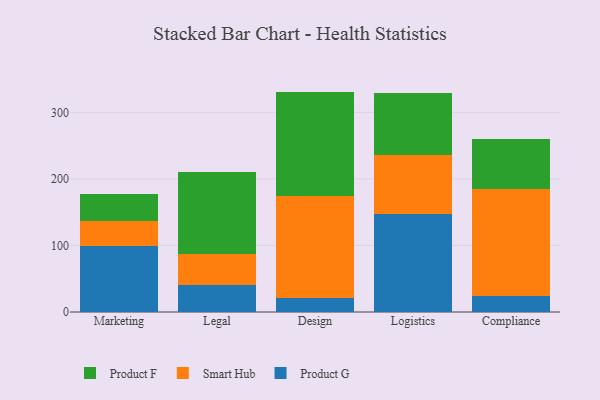
{"axis": {"x": "Department", "y": "Operating Costs (USD K)"}, "legend": ["Product F", "Product G", "Smart Hub"], "data": [{"x": "Marketing", "y": 98.5, "type": "Product G"}, {"x": "Marketing", "y": 38.4, "type": "Smart Hub"}, {"x": "Marketing", "y": 39.8, "type": "Product F"}, {"x": "Legal", "y": 40.1, "type": "Product G"}, {"x": "Legal", "y": 47.7, "type": "Smart Hub"}, {"x": "Legal", "y": 122.0, "type": "Product F"}, {"x": "Design", "y": 21.8, "type": "Product G"}, {"x": "Design", "y": 152.2, "type": "Smart Hub"}, {"x": "Design", "y": 157.3, "type": "Product F"}, {"x": "Logistics", "y": 146.6, "type": "Product G"}, {"x": "Logistics", "y": 89.7, "type": "Smart Hub"}, {"x": "Logistics", "y": 93.4, "type": "Product F"}, {"x": "Compliance", "y": 24.7, "type": "Product G"}, {"x": "Compliance", "y": 160.4, "type": "Smart Hub"}, {"x": "Compliance", "y": 75.5, "type": "Product F"}]}